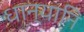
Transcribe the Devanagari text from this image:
धान्यानि